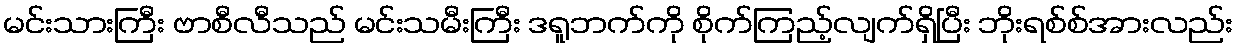
မင်းသားကြီး ဗာစီလီသည် မင်းသမီးကြီး ဒရူဘက်ကို စိုက်ကြည့်လျက်ရှိပြီး ဘိုးရစ်စ်အားလည်း